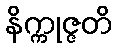
နိက္ကုဇ္ဇတိ